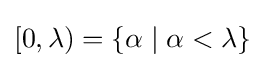
[0,\lambda )=\{\alpha \mid \alpha <\lambda \}